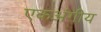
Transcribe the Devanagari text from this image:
एकअंगीय